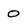
Character: O